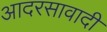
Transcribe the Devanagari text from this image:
आदरसावादी